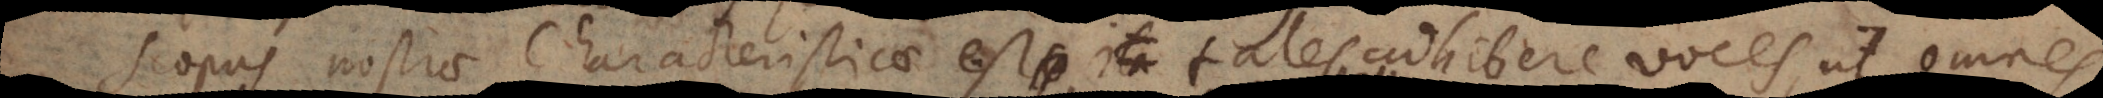
Scopus nostrae Characteristicae est tales adhibere voces, ut omnes